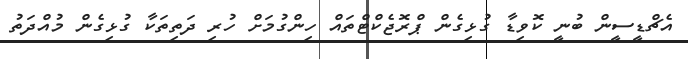
އެޗްޑީސީން ބުނީ ކޮވިޑާ ގުޅިގެން ޕްރޮޖެކްޓްތައް ހިންގުމަށް ހުރި ދަތިތަކާ ގުޅިގެން މުއްދަތު